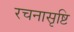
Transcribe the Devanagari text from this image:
रचनासृष्टि